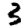
Digit: 3